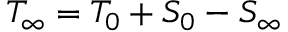
T _ { \infty } = T _ { 0 } + S _ { 0 } - S _ { \infty }